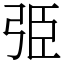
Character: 弫